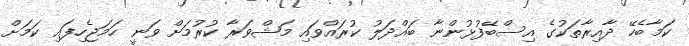
ކަމާބެހޭ ދާއިރާތަކުގެ އިސްބޭފުޅުންނާ ބައްދަލު ކުރައްވައި މަޝްވަރާ ކުރުމަށް ވަނީ ހަމަޖެހިފައި ކަމަށް